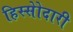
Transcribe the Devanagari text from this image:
हिस्सेोदारी